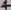
Text: +